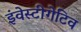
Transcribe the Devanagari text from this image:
इंवेस्टीगेटिव